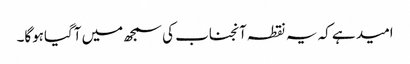
امید ہے کہ یہ نقطہ آنجناب کی سمجھ میں آگیاہوگا۔